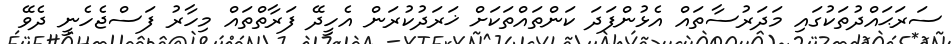
ސަރަޙައްދުތަކުގައި މަދަރުސާތައް އެޅުންފަދަ ކަންތައްތަކަށް ޚަރަދުކުރަން އެހީދޭ ފަރާތްތައް މިހާރު ފަސްޖެހެނީ ދެވޭ